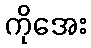
ကိုအေး